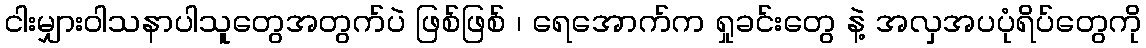
ငါးမျှားဝါသနာပါသူတွေအတွက်ပဲ ဖြစ်ဖြစ် ၊ ရေအောက်က ရှုခင်းတွေ နဲ့ အလှအပပုံရိပ်တွေကို